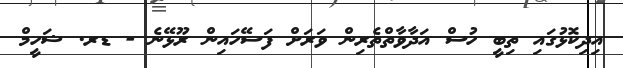
އިދިކޮޅުގައި ތިބީ ހުސް އަދާވާތްތެރިން ވަރަށް ފަސޭހައިން ރޫޅޭނެ - ޑރ. ޝަހީމް